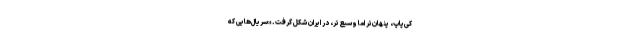
کی‌پاپ، پنهان‌تر اما وسیع‌تر، در ایران شکل گرفت. «‌سریال‌هایی که